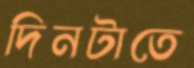
দিনটাতে